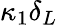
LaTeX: \kappa_{1}\delta_{L}